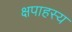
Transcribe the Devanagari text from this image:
क्षपाहस्य